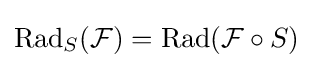
\operatorname {Rad} _{S}({\mathcal {F}})=\operatorname {Rad} ({\mathcal {F}}\circ S)